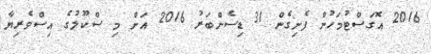
2016 އޮގަސްޓުމަހުން ފެށިގެން 31 ޑިސެންބަރު 2016 އަށް މި ސްކޫލުގެ އިސްވެރިޔާ